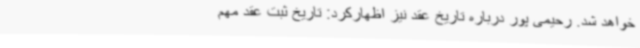
خواهد شد. رحیمی پور درباره تاریخ عقد نیز اظهارکرد: تاریخ ثبت عقد مهم